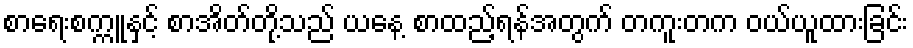
စာရေးစက္ကူနှင့် စာအိတ်တို့သည် ယနေ့ စာထည့်ရန်အတွက် တကူးတက ဝယ်ယူထားခြင်း